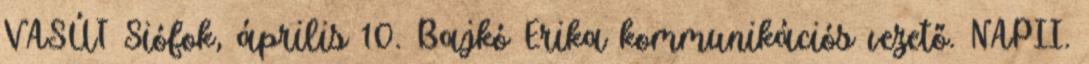
VASÚT Siófok, április 10. Bajkó Erika kommunikációs vezető. NAPII.